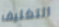
التغليف